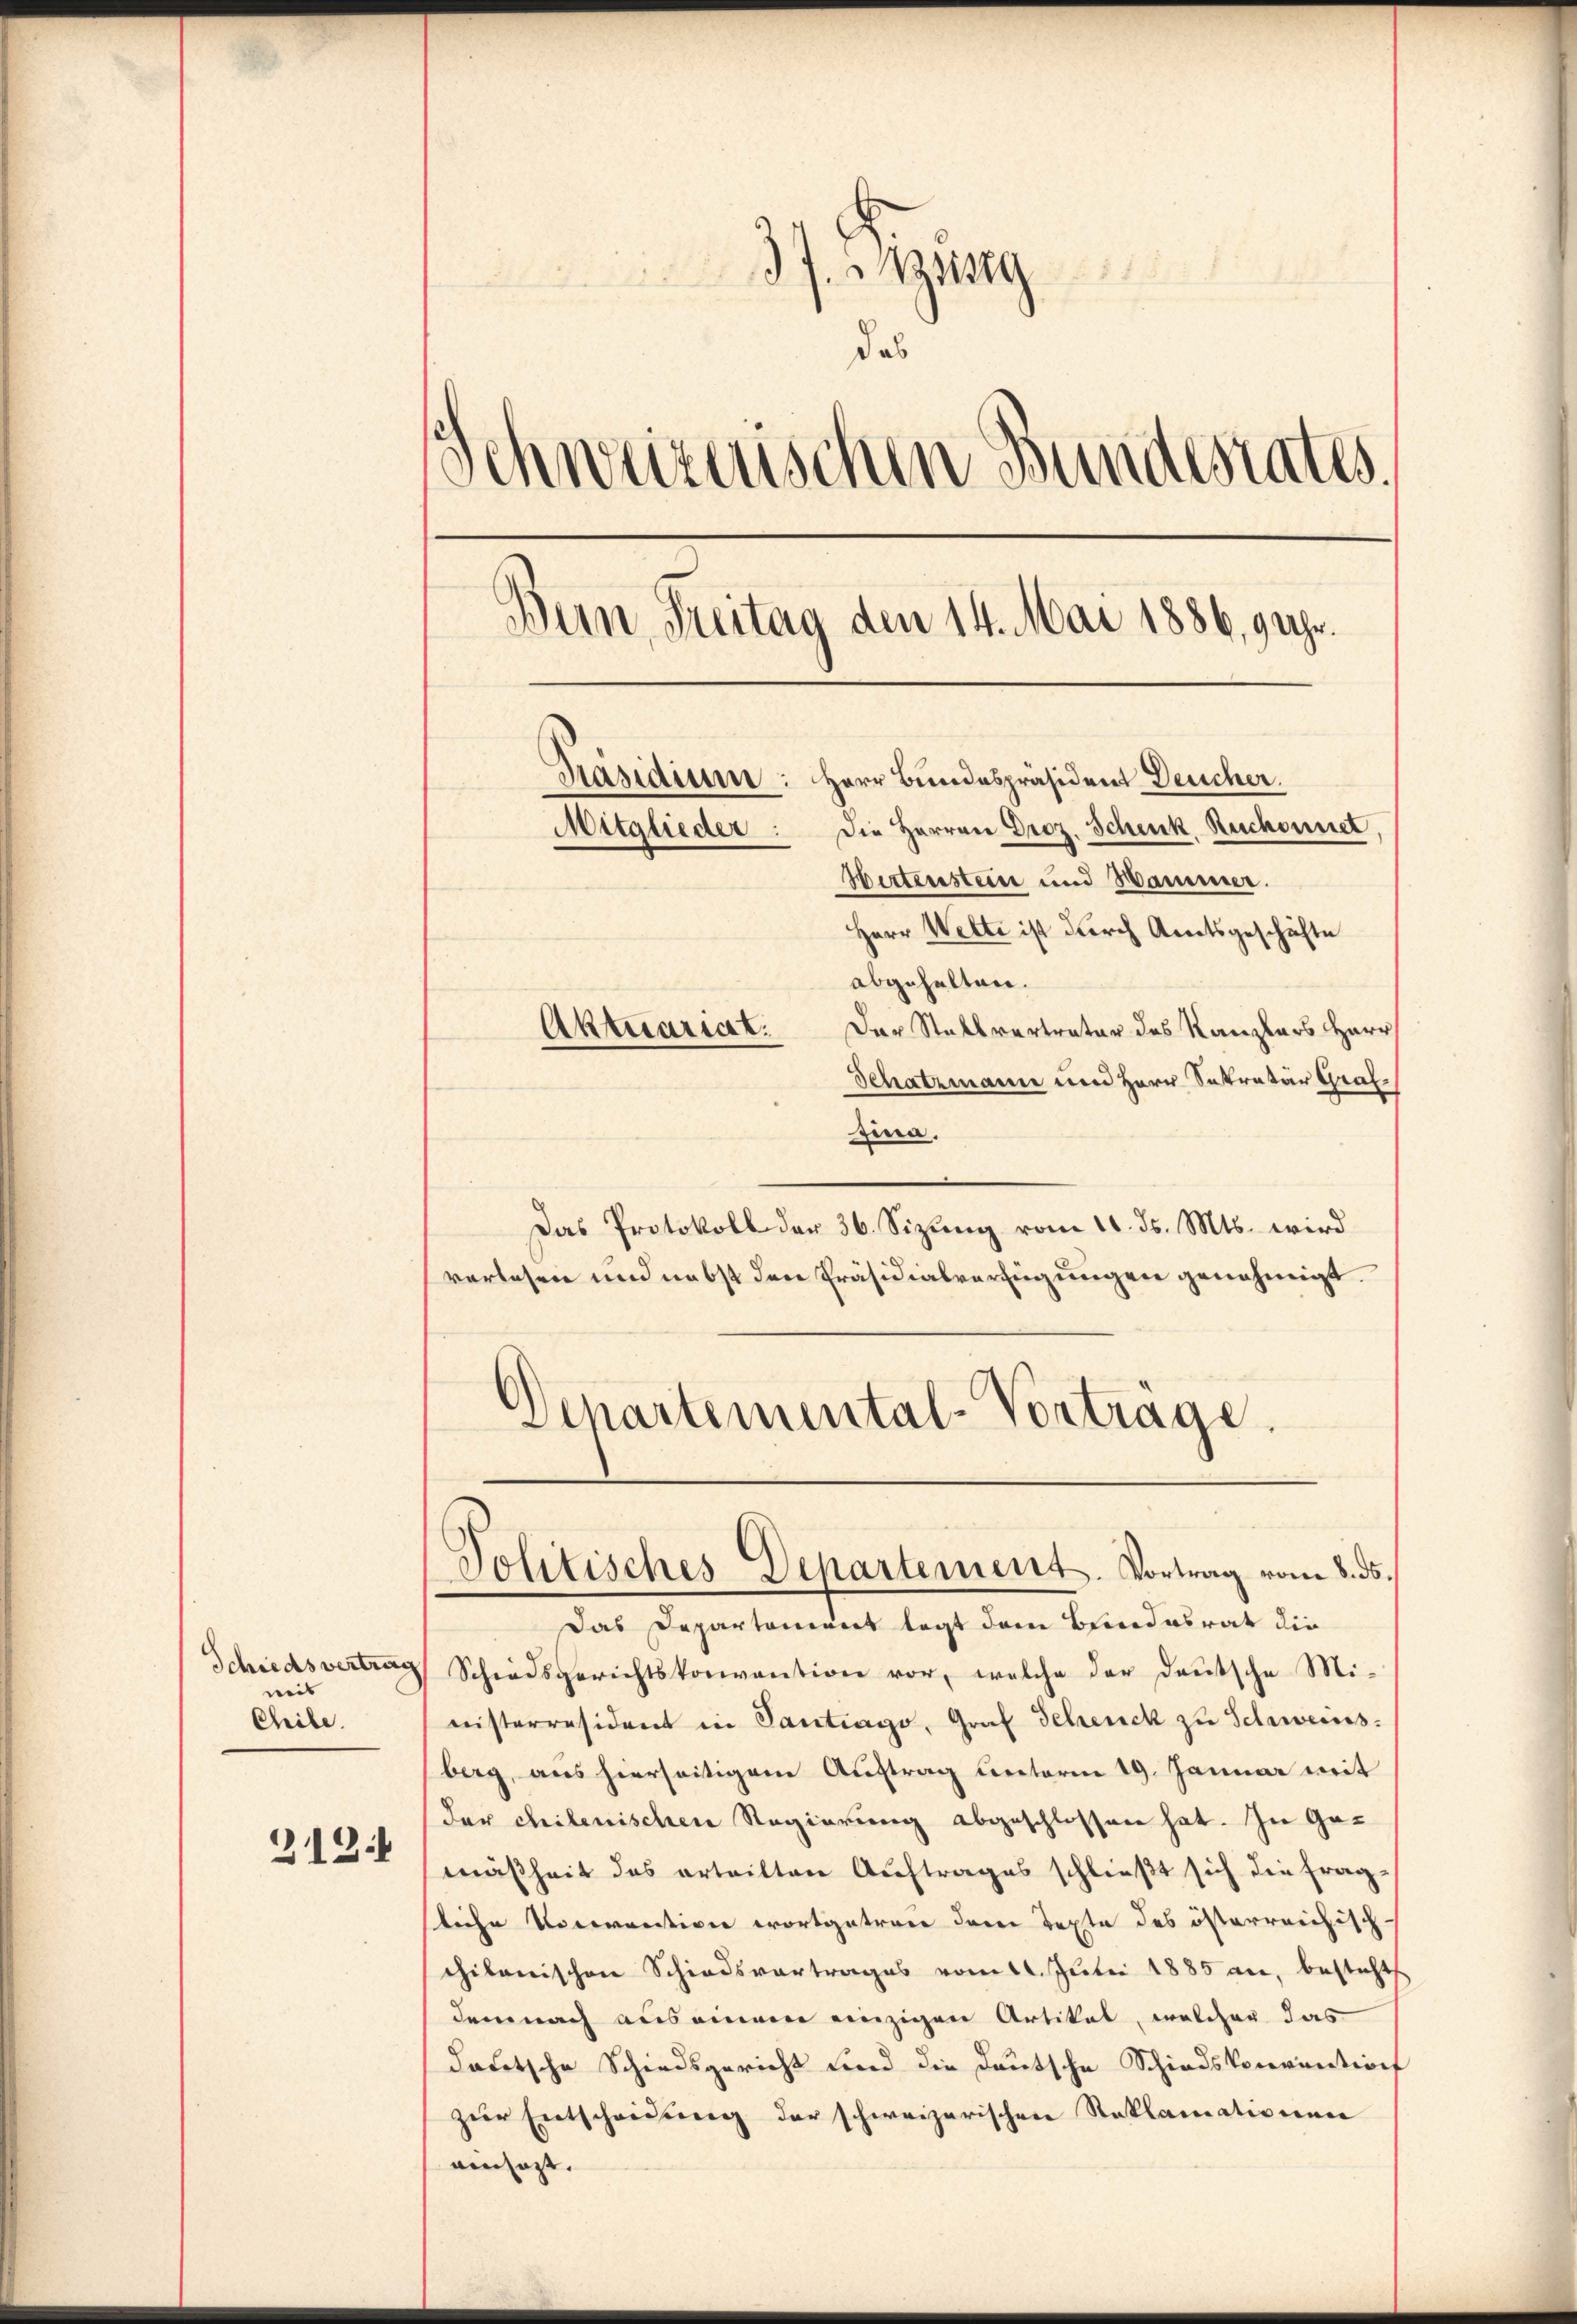
neis
Chible.
212.

37. ung
das
Schweizerischen Bundesrates.
Bun Freitag den 14. Mai 1886, 9 Uhr.
Präsidium: Herr Bundespräsident Deucher.
Mitglieder: Die Herren Droz. Schenk, Ruckomnet
Hertensteine und Hammer.
Herr Welti ist durch Amtsgeschäfte
abgehalten.
Der Stallvertrater des Kanzlers Herr
Aktuariat.

Schatzmann und Herr Inkratur Graf¬
Zina.
Das Protokoll der 36. Sizung vom 10. ds. Mts. wird
verlesen und nebst den Präsidialverfügungen genehmigt.
Departemental-Vorträge.

Politisches Departement. Vortrag vom 8. ds.

Das Departement legt dem Bundesrat die
Schiedsvertrag Schiedsgerichtskonvention vor, welche der deutsche Mi-
nisterresident in Pantrago, Graf Schenck zu Schweins.
berg, aus hierseitigem Auftrag unterm 19. Januar mit
der chilenischen Regierung abgeschlossen hat. In Gemäßheit des erteilten Auftrages schließt sich die fragliche Vororativen wortgatrone deren Texte des österreichisch
cilonischen Schiedsvortrages vom 11. Juli 1885 an, besticht
demnach aus einem einzigen Artikel, welcher das
deutsche Schiedsgericht und die Deutsche Schiedskonvention
zur Entscheidung der schweizerischen Reklamationen
einsazt.